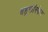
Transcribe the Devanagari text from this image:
बहुफॉस्फेट